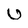
Character: U